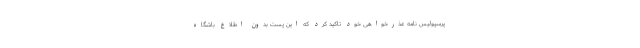
پرسپولیس نامه عذرخواهی خود تاکید کرد که این پست بدون اطلاع باشگاه